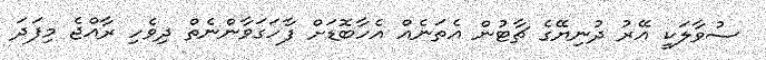
ސުވާލަކީ އޭރު ދުނިޔޭގެ ޗާޓުން އެތަނެއް އެހާބޮޑަށް ފާހަގަވާންނެތް ދިވެހި ރާއްޖެ މިފަދަ